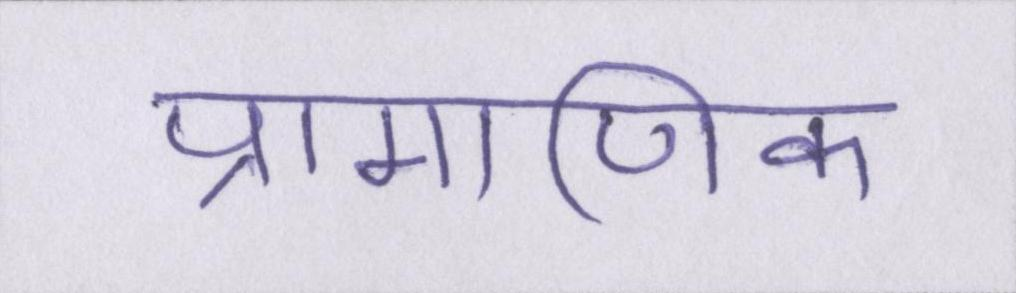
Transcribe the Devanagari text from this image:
प्रामाणिक